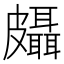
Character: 𱲉